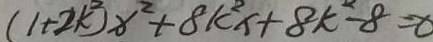
( 1 + 2 k ^ { 2 } ) x ^ { 2 } + 8 k ^ { 2 } x + 8 k ^ { 2 } - 8 = t